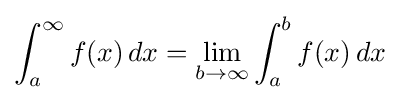
\int _{a}^{\infty }f(x)\,dx=\lim _{b\to \infty }\int _{a}^{b}f(x)\,dx